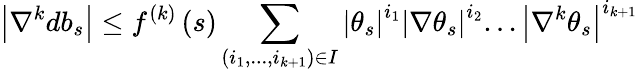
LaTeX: \left\vert\nabla^{k}db_{s}\right\vert\leq f^{\left(k\right)}\left(s\right)\sum_{\left(i_{1},...,i_{k+1}\right)\in I}\left\vert\theta_{s}\right\vert^{i_{1}}\left\vert\nabla\theta_{s}\right\vert^{i_{2}}...\left\vert\nabla^{k}\theta_{s}\right\vert^{i_{k+1}}